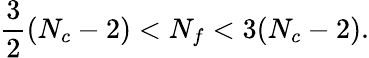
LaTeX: \frac{3}{2}(N_{c}-2)<N_{f}<3(N_{c}-2).